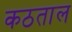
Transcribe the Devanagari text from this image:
कठताल